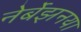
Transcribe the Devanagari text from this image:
नेर्बेझनया